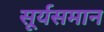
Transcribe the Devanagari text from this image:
सूर्यसमान